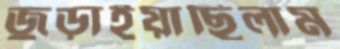
জুড়াইয়াছিলাম